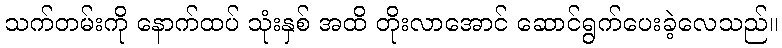
သက်တမ်းကို နောက်ထပ် သုံးနှစ် အထိ တိုးလာအောင် ဆောင်ရွက်ပေးခဲ့လေသည်။